Civil Veterinary Dept. Bombay admin report 1907-1913 - 1907-1913
Year: 1907
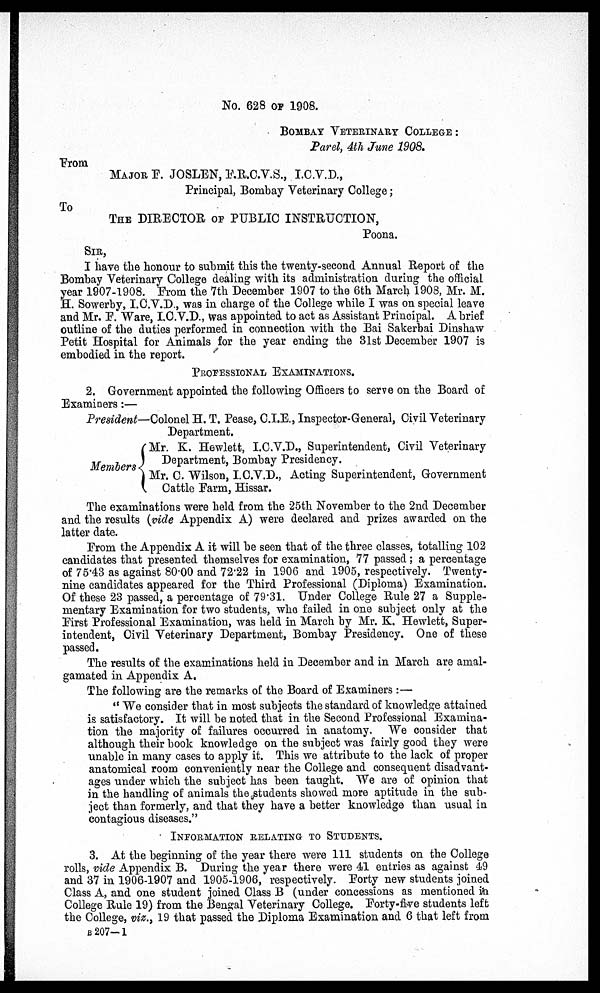
No. 628 OF 1908.
BOMBAY VETERINARY COLLEGE :
Parel, 4th June 1908.
From
MAJOR E. JOSLEN, F.R.C.V.S., I.C.V.D.,
Principal, Bombay Veterinary College;
To
THE DIRECTOR OF PUBLIC INSTRUCTION,
Poona.
SIR,
I have the honour to submit this the twenty-second Annual Report of the
Bombay Veterinary College dealing with its administration during the official
year 1907-1908. From the 7th December 1907 to the 6th March 1908, Mr. M.
H. Sowerby, I.C.V.D., was in charge of the College while I was on special leave
and Mr. E. Ware, I.C.V.D., was appointed to act as Assistant Principal. A brief
outline of the duties performed in connection with the Bai Sakerbai Dinshaw
Petit Hospital for Animals for the year ending the 31st December 1907 is
embodied in the report.
PROFESSIONAL EXAMINATIONS.
2. Government appointed the following Officers to serve on the Board of
Examiners :—
President—Colonel H. T. Pease, C.I.E., Inspector-General, Civil Veterinary
Department.
Members
Mr. K. Hewlett, I.C.V.D., Superintendent, Civil Veterinary
Department, Bombay Presidency.
Mr. C. Wilson, I.C.V.D., Acting Superintendent, Government
Cattle Farm, Hissar.
The examinations were held from the 25th November to the 2nd December
and the results (vide Appendix A) were declared and prizes awarded on the
latter date.
From the Appendix A it will be seen that of the three classes, totalling 102
candidates that presented themselves for examination, 77 passed; a percentage
of 75.43 as against 80.00 and 72.22 in 1906 and 1905, respectively. Twenty-
nine candidates appeared for the Third Professional (Diploma) Examination.
Of these 23 passed, a percentage of 79.31. Under College Rule 27 a Supple-
mentary Examination for two students, who failed in one subject only at the
First Professional Examination, was held in March by Mr. K. Hewlett, Super-
intendent, Civil Veterinary Department, Bombay Presidency, One of these
passed.
The results of the examinations held in December and in March are amal-
gamated in Appendix A,
The following are the remarks of the Board of Examiners :—
" We consider that in most subjects the standard of knowledge attained
is satisfactory. It will be noted that in the Second Professional Examina-
tion the majority of failures occurred in anatomy. We consider that
although their book knowledge on the subject was fairly good they were
unable in many cases to apply it. This we attribute to the lack of proper
anatomical room conveniently near the College and consequent disadvant-
ages under which the subject has been taught. We are of opinion that
in the handling of animals the students showed more aptitude in the sub-
ject than formerly, and that they have a better knowledge than usual in
contagious diseases."
INFORMATION RELATING TO STUDENTS.
3. At the beginning of the year there were 111 students on the College
rolls, vide Appendix B. During the year there were 41 entries as against 49
and 37 in 1906-1907 and 1905-1906, respectively. Forty new students joined
Class A, and one student joined Class B (under concessions as mentioned in
College Rule 19) from the Bengal Veterinary College. Forty-five students left
the College, viz., 19 that passed the Diploma Examination and 6 that left from
B 207-1